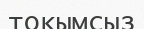
тоқымсыз